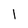
Character: 1